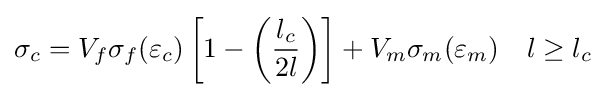
\sigma _{c}=V_{f}\sigma _{f}(\varepsilon _{c})\left[1-\left({\frac {l_{c}}{2l}}\right)\right]+V_{m}\sigma _{m}(\varepsilon _{m})\quad l\geq l_{c}